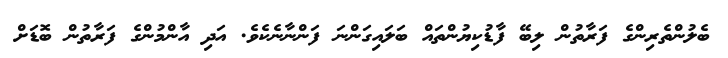
ބެލުންތެރިންގެ ފަރާތުން ލިބޭ ފާޑުކިޔުންތައް ބަލައިގަންނަ ފަންނާނެކެވެ. އަދި އާންމުންގެ ފަރާތުން ބޮޑަށް